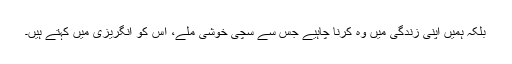
بلکہ ہمیں اپنی زندگی میں وہ کرنا چاہیے جس سے سچی خوشی ملے، اس کو انگریزی میں کہتے ہیں۔